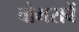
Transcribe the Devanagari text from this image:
वोगरावें